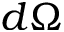
d \Omega